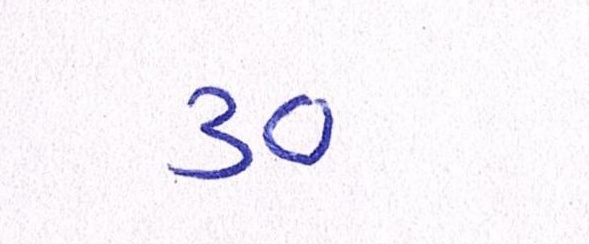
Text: ૩૦